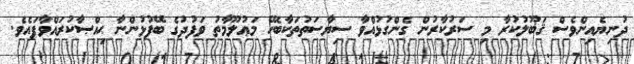
ދުނިޔެއިންވެސް ޤަބޫލުކުރާ މި ސަރުކާރުން ގެންގުޅުއްވާ ސިޔާސަތުތަކާބެހޭ މަޢުލޫމާތު ވަފުދުގެ ބޭފުޅުންނާ ޙިއްޞާކުރައްވާފައެވެ.